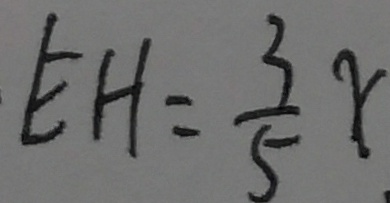
E H = \frac { 3 } { 5 } x